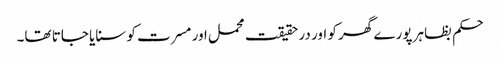
حکم بظاہر پورے گھر کو اور در حقیقت محمل اور مسرت کو سنایا جاتا تھا۔